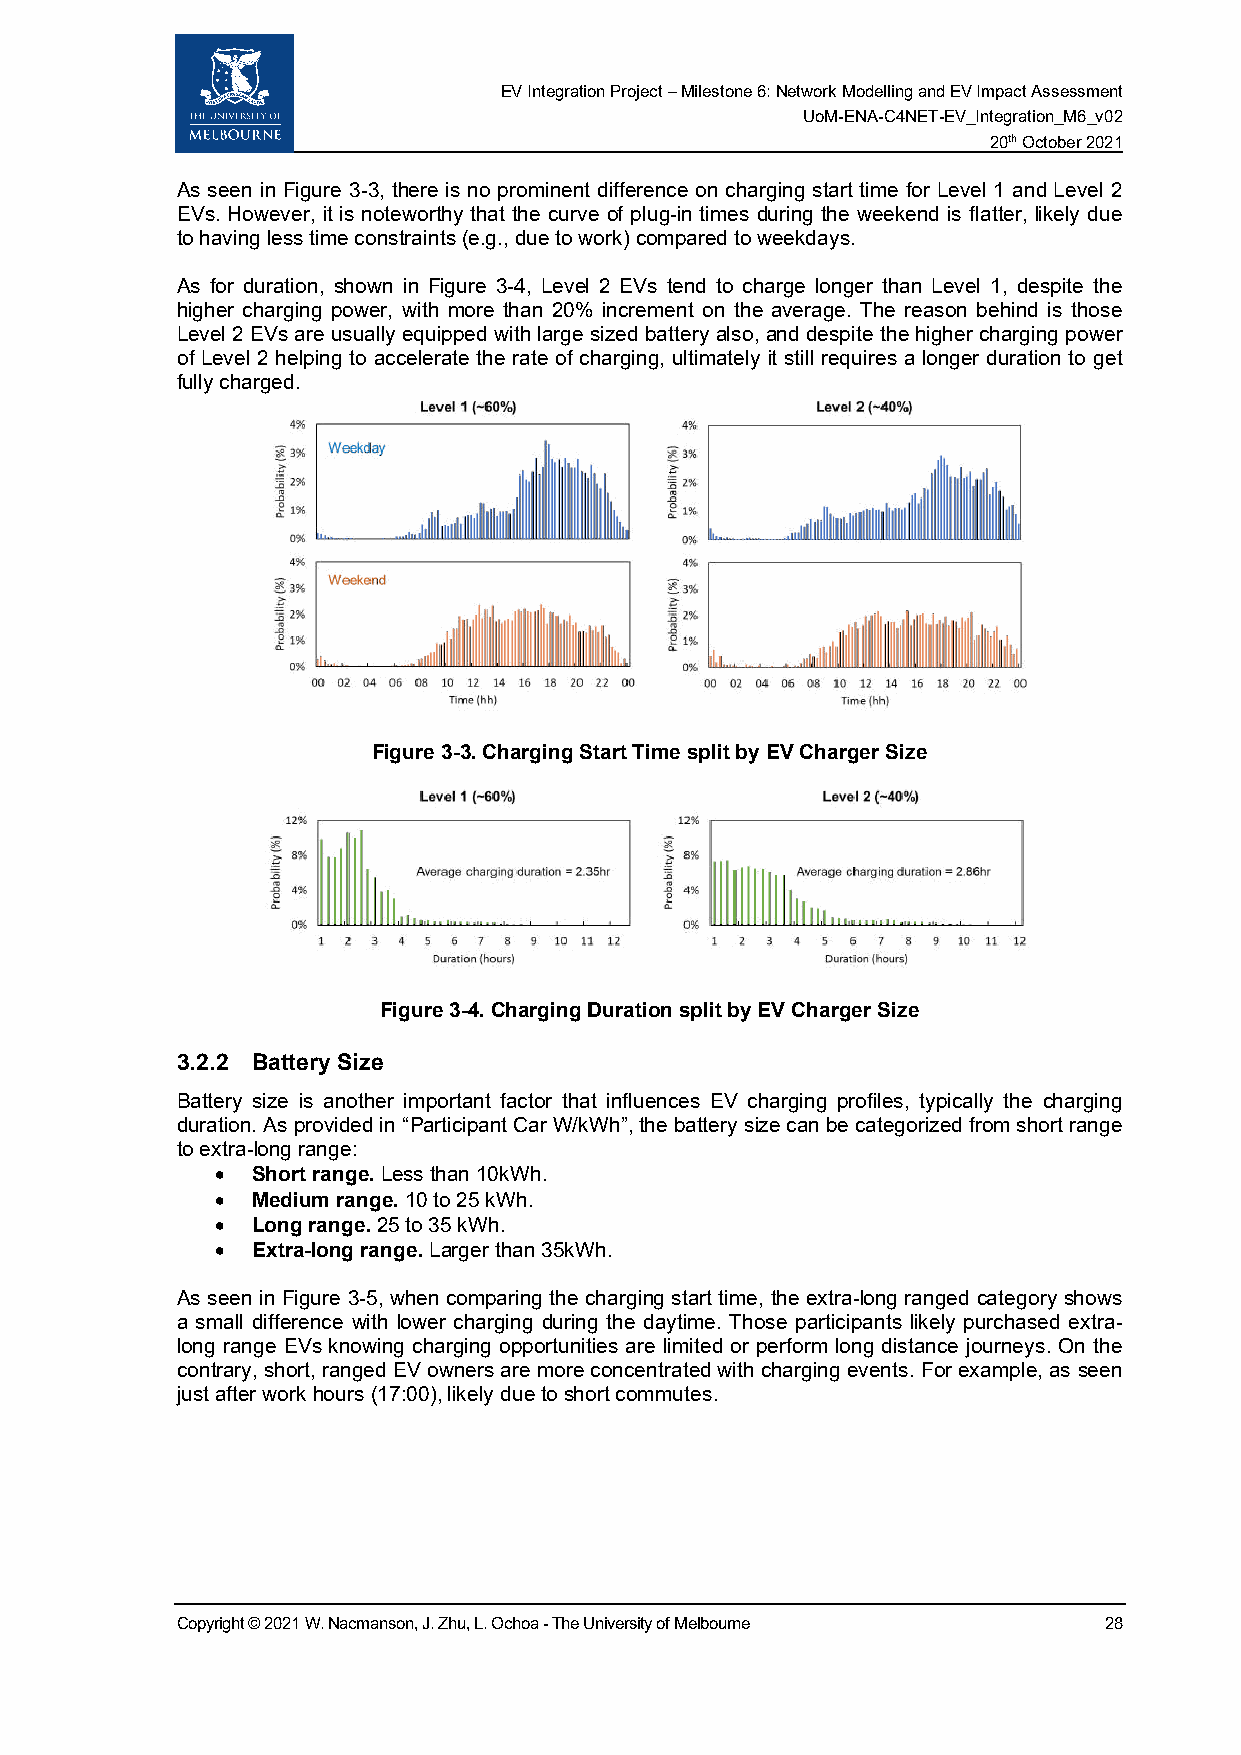
EV Integration Project – Milestone 6: Network Modelling and EV Impact Assessment
 UoM-ENA-C4NET-EV_Integration_M6_v02
 20th October 2021
 As seen in Figure 3-3, there is no prominent difference on charging start time for Level 1 and Level 2
 EVs. However, it is noteworthy that the curve of plug-in times during the weekend is flatter, likely due
 to having less time constraints (e.g., due to work) compared to weekdays.
 As for duration, shown in Figure 3-4, Level 2 EVs tend to charge longer than Level 1, despite the
 higher charging power, with more than 20% increment on the average. The reason behind is those
 Level 2 EVs are usually equipped with large sized battery also, and despite the higher charging power
 of Level 2 helping to accelerate the rate of charging, ultimately it still requires a longer duration to get
 fully charged.
 Figure 3-3. Charging Start Time split by EV Charger Size
 Figure 3-4. Charging Duration split by EV Charger Size
 3.2.2 Battery Size
 Battery size is another important factor that influences EV charging profiles, typically the charging
 duration. As provided in “Participant Car W/kWh”, the battery size can be categorized from short range
 to extra-long range:
 •  Short range. Less than 10kWh.
 •  Medium range. 10 to 25 kWh.
 •  Long range. 25 to 35 kWh.
 •  Extra-long range. Larger than 35kWh.
 As seen in Figure 3-5, when comparing the charging start time, the extra-long ranged category shows
 a small difference with lower charging during the daytime. Those participants likely purchased extra-
 long range EVs knowing charging opportunities are limited or perform long distance journeys. On the
 contrary, short, ranged EV owners are more concentrated with charging events. For example, as seen
 just after work hours (17:00), likely due to short commutes.
 Copyright © 2021 W. Nacmanson, J. Zhu, L. Ochoa - The University of Melbourne 28